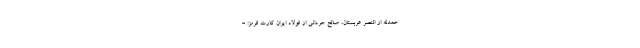
حمدالله از النصر عربستان، صالح حردانی از فولاد ایران کارت قرمز: -